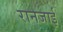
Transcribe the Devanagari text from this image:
रानजाई